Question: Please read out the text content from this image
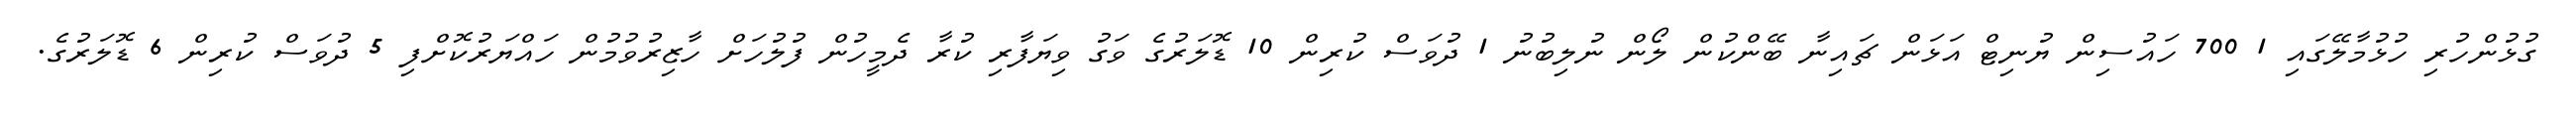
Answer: ގުޅުންހުރި ހުޅުމާލޭގައި 1 700 ހައުސިން ޔުނިޓް އަޅަން ޗައިނާ ބޭންކުން ލޯން ނުލިބުނު 1 ދުވަސް ކުރިން 10 ޑޮލަރުގެ ވަގު ވިޔަފާރި ކުރާ ދެމީހުން ފުލުހަށް ހާޒިރުވުމުން ހައްޔަރުކޮށްފި 5 ދުވަސް ކުރިން 6 ޑޮލަރުގެ.